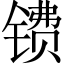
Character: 镄